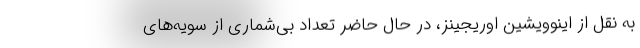
به نقل از اینوویشین اوریجینز، در حال حاضر تعداد بی‌شماری از سویه‌های